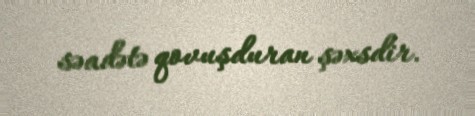
səadətə qovuşduran şəxsdir.